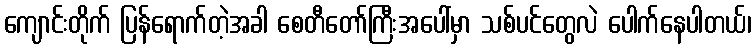
ကျောင်းတိုက် ပြန်ရောက်တဲ့အခါ စေတီတော်ကြီးအပေါ်မှာ သစ်ပင်တွေလဲ ပေါက်နေပါတယ်၊